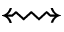
\leftrightsquigarrow